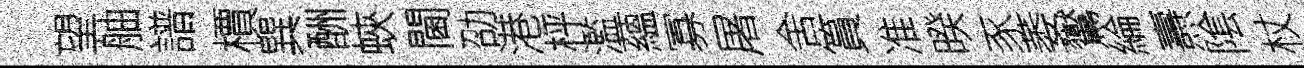
望舳譜檟巽酬蛺閫劭港枰濫蘊寡屠舍篔准暌豕萎鸑綸燾隂杖